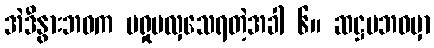
အဲဒီနွားဘဝက မရှုမလှသေရတဲ့အခါ ၆။ ဆဋ္ဌမဘဝမှာ